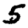
Digit: 5